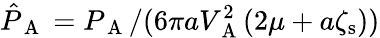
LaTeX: \hat{P}_{\mathrm{~A~}}=P_{\mathrm{~A~}}/(6\pi aV_{\mathrm{~A~}}^{2}(2\mu+a\zeta_{\mathrm{s}}))